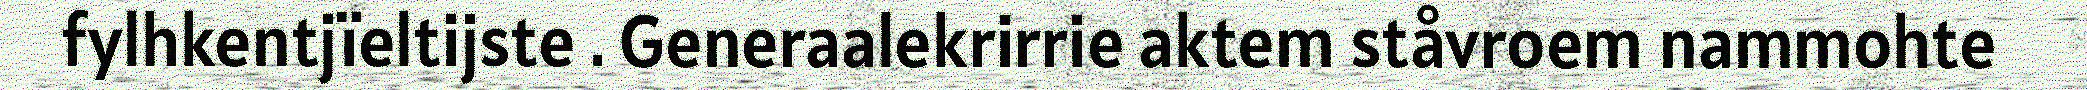
fylhkentjïeltijste . Generaalekrirrie aktem ståvroem nammohte